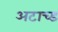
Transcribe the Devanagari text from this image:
अटाच्ड